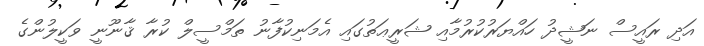
އަދި ރައީސް ނަޝީދު ހައްޔަރުކުރުމާއި ޝަރީޢަތުގައި އެމަނިކުފާނު ތަމްސީލް ކުރާ ޤާނޫނީ ވަކީލުންގެ